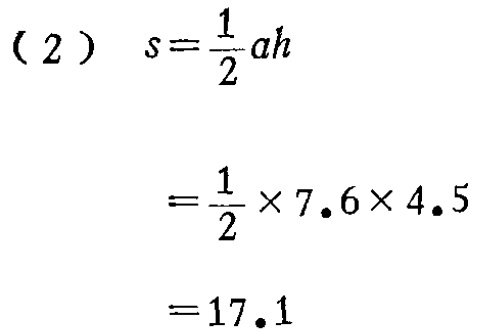
\[

\begin{align*}

(2)\ s&=\frac{1}{2}ah\\

&=\frac{1}{2}\times7.6\times4.5\\

&=17.1

\end{align*}

\]